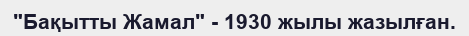
"Бақытты Жамал" - 1930 жылы жазылған.